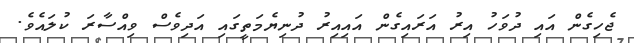
ޖެހިގެން އައި ދުވަހު އިރު އަރައިގެން އައިއިރު ދުނިޔެމަތީގައި އަދިވެސް ވިއްސާރަ ކުލައެވެ.